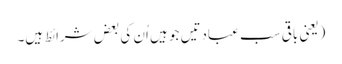
(یعنی باقی سب عبادتیں جو ہیں اُن کی بعض شرائط ہیں۔